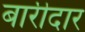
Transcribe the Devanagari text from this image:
बारीदार